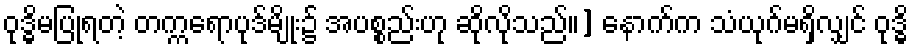
ဝုဒ္ဓိမပြုရတဲ့ တက္ကရောပုဒ်မျိုး၌ အပစ္စည်းဟု ဆိုလိုသည်။] နောက်က သံယုဂ်မရှိလျှင် ဝုဒ္ဓိ